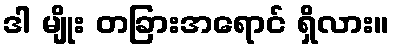
ဒါ မျိုး တခြားအရောင် ရှိလား။